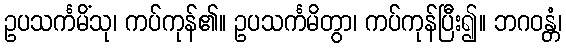
ဥပသင်္ကမိံသု၊ ကပ်ကုန်၏။ ဥပသင်္ကမိတွာ၊ ကပ်ကုန်ပြီး၍။ ဘဂဝန္တံ၊